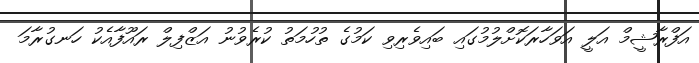
އަފްރާޝީމް އަލީ އަވަހާރަކޮށްލުމުގައި ބައިވެރިވި ކަމުގެ ތުހުމަތު ކުރެވުނު އަޒްފިލް ރައޫފާއެކު ހަނގުރާމަ